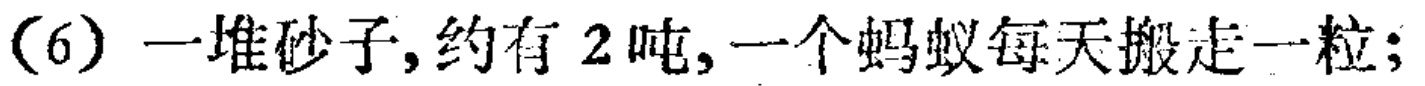
(6) 一堆砂子，约有 2 吨，一个蚂蚁每天搬走一粒；